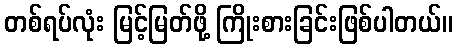
တစ်ရပ်လုံး မြင့်မြတ်ဖို့ ကြိုးစားခြင်းဖြစ်ပါတယ်။